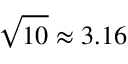
\sqrt { 1 0 } \approx 3 . 1 6